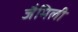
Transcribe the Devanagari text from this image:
जैमिली